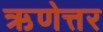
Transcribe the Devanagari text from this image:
ऋणेत्तर